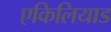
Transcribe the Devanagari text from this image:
एकिलियाड